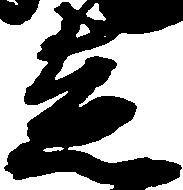
走